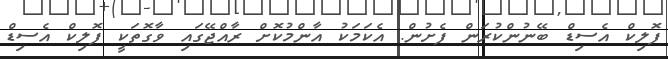
ފޮލިކް އެސިޑް ބޭނުންކުރަން ފެށުން. އެކަމަކު އާންމުކޮށް ރާއްޖޭގައި ވާގޮތަކީ ފޮލިކް އެސިޑް